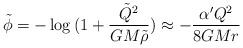
\begin{align*}\tilde \phi = - \log{(1 + \frac{\tilde Q^2}{GM \tilde \rho})} \approx- \frac{ \alpha' Q^2}{8GMr}\end{align*}